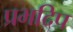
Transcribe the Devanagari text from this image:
प्रभदिप